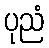
ပုညံ